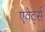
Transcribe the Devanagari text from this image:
एवेर्ट्स